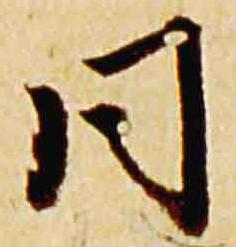
同